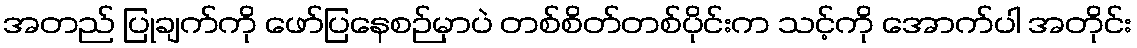
အတည် ပြုချက်ကို ဖော်ပြနေစဉ်မှာပဲ တစ်စိတ်တစ်ပိုင်းက သင့်ကို အောက်ပါ အတိုင်း